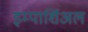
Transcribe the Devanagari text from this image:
इम्पार्शिअल